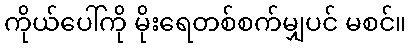
ကိုယ်ပေါ်ကို မိုးရေတစ်စက်မျှပင် မစင်။